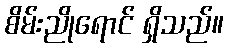
စိမ်းညိုရောင် ရှိသည်။